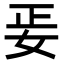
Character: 𡛵